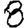
Digit: 8